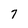
Character: 7